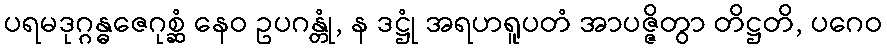
ပရမဒုဂ္ဂန္ဓဇေဂုစ္ဆံ နေဝ ဥပဂန္တုံ, န ဒဋ္ဌုံ အရဟရူပတံ အာပဇ္ဇိတွာ တိဋ္ဌတိ, ပဂေဝ